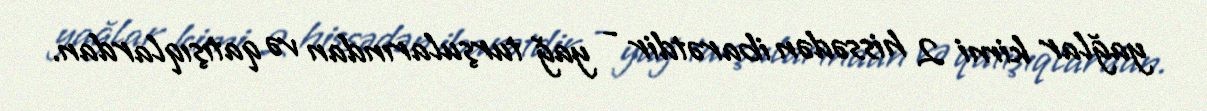
yağlar kimi 2 hissədən ibarətdir - yağ turşularından və qatışıqlardan.